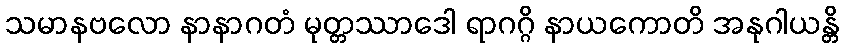
သမာနဗလော နာနာဂတံ မုတ္တဿာဒေါ ရာဂဂ္ဂိ နာယကောတိ အနုဂါယန္တိ